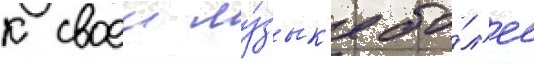
к своеи му́зык'е бо́л'ее